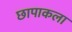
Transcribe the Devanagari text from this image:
छापाकला